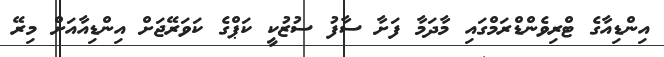
އިންޑިއާގެ ޓްރިވެންޑްރަމްގައި މާދަމާ ފަށާ ސާފު ސުޒުކީ ކަޕްގެ ކަވަރޭޖަށް އިންޑިއާއަށް މިރޭ